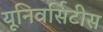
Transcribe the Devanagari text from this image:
यूनिवर्सिटीस